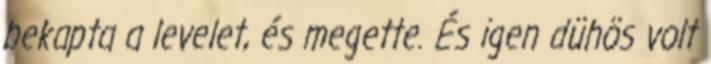
bekapta a levelet, és megette. És igen dühös volt